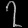
Digit: ၇